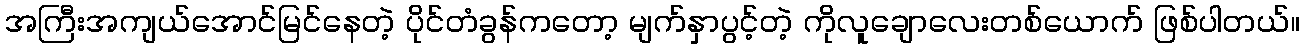
အကြီးအကျယ်အောင်မြင်နေတဲ့ ပိုင်တံခွန်ကတော့ မျက်နှာပွင့်တဲ့ ကိုလူချောလေးတစ်ယောက် ဖြစ်ပါတယ်။